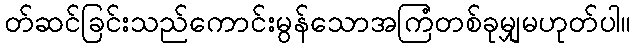
တ်ဆင်ခြင်းသည်ကောင်းမွန်သောအကြံတစ်ခုမျှမဟုတ်ပါ။